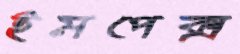
ইমপেক্স